Report on sanitation, dispensaries, and jails in Rajputana for 1921, and on vaccination for the year 1921-1922 - 1921-1922
Year: 1921
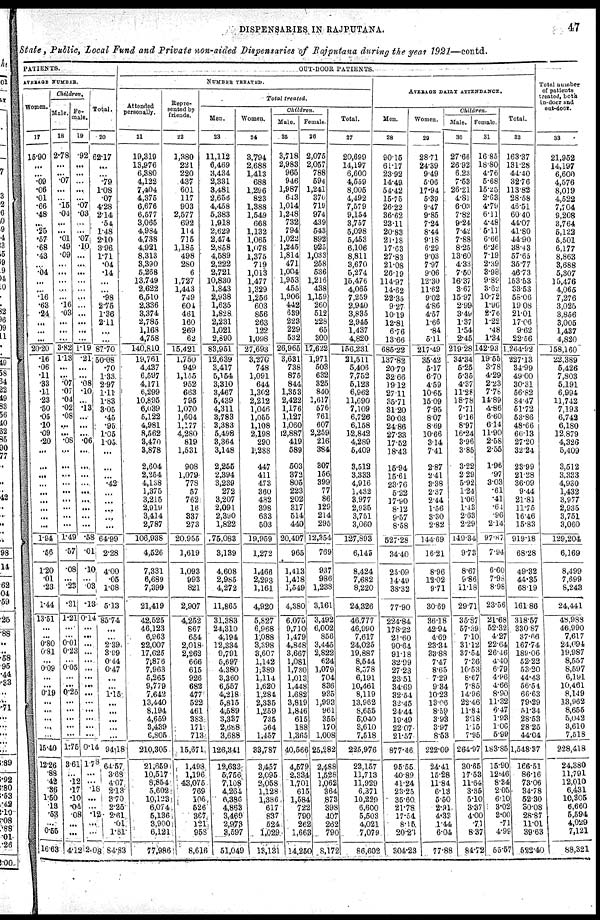
DISPENSARIES IN RAJPUTANA.
47
State, Public, Local Fund and Private non-aided Dispensaries of Rajputana during the year 1921—contd.
PATIENTS.
AVERAGE NUMBER.
Women.
17
15.90
...
.09
.06
... .01
.66
.48
...
.25
.57
.68
.43
...
.04
...
...
.16
.63
.24
...
...
...
20.20
.16
.06
.11
.33
.11
.23
.50
.05
.10
.09
.20
...
...
...
...
...
...
...
...
...
1.94
.56
1.20
.01
.23
1.44
13.51
...
...
0.80
0.81
...
0.09
...
0.19
0.19
...
...
...
...
...
15.40
12.26
.88
.42
.36
1.50
.13
.53
...
0.55
16.63
Children.
Male.
18
2.78
...
.07
...
...
... .15
.04
...
...
.01
.49
.09
...
...
...
...
...
.16
.03
...
...
...
3.82
1.13
...
...
.07
.07
.04 .02
.08
...
...
.08
...
...
...
...
...
...
...
...
...
1.49
.57
.08
...
.23
.31
1.21
...
...
0.01
0.23
...
0.05
...
0.25
...
...
...
...
...
...
1.75
3.61
...
.12
.17
.10
.04
.08
...
...
4.12
Fe¬
male.
19
.92
...
...
...
...
... .07
.03
...
...
.07
.10
...
...
...
...
...
...
...
...
...
...
...
1.19
.21
...
...
.08
.10
...
.13
...
...
...
.06
...
...
...
...
...
...
...
...
...
.58
.01
.10
...
.03
.13
0.14
...
...
...
...
...
...
...
...
...
...
...
...
...
...
0.14
1. 78
...
...
.18
...
...
.12
...
...
2.08
Total.
20
62.17
...
...
.79
1.08
.07
4.28
2.14
.54
1.48
2.10
3.96
1.71
.04
.14
...
...
.98
2.75
1.36
2.11
...
...
87.70
50.08
.70
1.33
2.97
1.11
1.83
3.05
.45
.95
1.05
1.05
...
...
...
.42
...
...
...
...
...
64.99
2.28
4.00
.05
1.08
5.13
85.74
...
...
2.39
3.99
0.44
0.47
...
...
1.15
...
...
...
...
...
94.18
64.57
3.68
4.07
2.13
3.70
2.25
2.61
.01
1.81
84.83
OUT-DOOR PATIENTS.
NUMBER TREATED.
Attended
personally.
21
19,319
13,976
6,380
4,122
7,404
4,375
6,676
6,577
3,065
4,984
4,738
4,921
8,313
3,390
5,268
13,749
2,622
6,510
2,336
3,374
2,785
1,168
4,758
140,810
19,761
4,437
6,597
4,171
6,299
10,895
6,039
5,122
4,981
8,562
3,470
3,878
2,604
2,254
4,138
1,375
3,215
2,919
3,414
2,787
106,938
4,526
7,331
6,689
7,399
21,419
42,525
46,123
6,963
22,007
17,625
7,876
7,963
5,265
9,779
7,642
13,440
8,194
4,659
3,439
6,805
210,305
21,659
10,517
8,854
5,602
10,123
6,074
5,136
3,900
6,121
77,986
Repre-
sented by
friends.
22
1,380
221
220
437
601
117
903
2,577
692
114
715
1,185
498
280
6
1,727
1,443
749
604
461
160
269
62
15,421
1,750
949
1,155
952
663
795
1,070
1,604
1,177
4,280
819
1,531
908
1,079
778
57
762
16
337
273
20,955
1,619
1,093
993
821
2,907
4,252
867
654
2,018
2,262
666
615
926
682
477
522
461
383
171
713
15,671
1,498
1,196
43,075
769
106
526
367
121
958
8,616
Total treated.
Men.
23
11,112
6,469
3,434
2,331
3,481
2,656
4,458
5,383
1,918
2,629
2,474
2,858
4,589
2,222
2,721
10,830
1,843
2,938
1,635
1,828
2,231
1,021
2,890
83,951
12,639
3,417
5,154
3,310
3,467
5,439
4,311
3,783
3,383
5,498
3,364
3,148
2,255
2,394
3,239
272
3,207
2,091
2,390
1,822
75,083
3,139
4,608
2,985
4,272
11,865
31,383
24,310
4,194
12,334
9,791
5,697
4,380
3,360
6,557
4,218
5,815
4,589
3,337
2,688
3,688
126,341
12,633
5,756
7,108
4,264
6,386
4,863
3,469
2,9,73
3,597
51,049
Women.
24
3,794
2,688
1,413
688
1,296
823
1,388
1,549
668
1,132
1,065
1,078
1,375
719
1,013
1,477
1,329
1,256
603
856
263
122
1,098
27,693
3,276
748
1,091
644
1,302
2,212
1,046
1,055
1,108
2,198
290
1,288
447
411
473
360
482
398
633
503
19,959
1,272
1,466
2,293
1,161
4,920
5,827
6,968
1,088
3,398
3,607
1,142
1,389
1,114
1,620
1,284
2,335
1,259
735
564
1,457
33,787
3,457
2,095
2,058
1,128
1,386
617
837
524
1,029
13,131
Children.
Male.
25
3,718
2,983
965
946
1,987
643
1,014
1,248
732,
794
1,022
1,245
1,814
471
1,004
1,953
455
1,906
442
639
223
229
532
26,965
3,631
738
875
844
1,353
2,422
1,176
1,127
1,060
12,887
419
589
503
372
805
223
202
317
514
440
20,497
965
1,413
1,418
1,549
4,380
6,075
9,710
1,479
4,848
3,667
1,081
1,730
1,013
1,448
1,682
3,819
1,846
615
188
1,365
40,566
4,579
2,334
1,701
615
1,584
722
790
262
1,663
14,250
Female.
26
2,075
2,057
788
594
1,241
370
719
974
439
543
892
925
1,033
258
536
1,216
438
1,159
260
512
228
65
300
17,622
1,971
503
632
325
840
2,617
576
761
607
2,259
216
384
307
156
399
77
86
129
214
295
12,354
769
937
986
1,238
3,161
3,492
6,002
856
3,445
2,822
624
1,079
704
836
935
1,993
961
355
170
1,008
25,282
2,488
1,528
1,062
364
873
398
407
262
790
8,172
Total.
27
20,699
14,197
6,600
4,559
8,005
4,492
7,579
9,154
3,757
5,098
5,453
6,106
8,811
3,670
5,274
15,476
4,065
7,259
2,940
3,835
2,945
1,437
4,820
156,231
21,511
5,406
7,752
5,123
6,962
11,690
7,109
6,726
6,158
12,842
4,289
5,409
3,512
3,333
4,916
1,432
3,977
2,935
3,751
3,060
127,893
6,145
8,424
7,682
8,220
24,326
46,777
46,990
7,617
24,025
19,887
8,544
8,578
6,191
10,461
8,119
13,962
8,655
5,040
3,610
7,518
225,975
23,157
11,713
11,929
6,371
10,229
6,600
5,503
4,021
7,079
86,602
AVERAGE DAILY ATTENDANCE.
Men.
28
90.15
61.17
23.92
14.49
54.42
15.75
26.22
36.62
23.11
20.83
21.18
17.63
27.83
21.08
26.19
114.97
14.62
22.35
9.27
10.19
12.81
6.76
13.66
685.22
137.82
20.79
32.66
19.12
27.11
35.71
31.20
30.03
24.86
27.33
17.52
18.43
15.94
15.61
23.76
5.22
17.90
8.12
9.57
8.58
527.28
34.40
25.09
14.49
38.32
77.90
224.84
178.22
21.60
90.64
91.18
32.99
27.23
23.51
34.69
32.54
32.45
24.44
19.49
22.07
21.57
877.46
95.55
40.89
41.24
23.25
35.60
21.78
17.54
8.15
20.23
304.23
Women.
29
28.71
24.39
9.49
5.06
17.94
5.39
9.47
9.85
7.24
8.44
9.18
6.29
9.03
7.97
9.06
12.30
11.62
9.02
4.86
4.57
1.66
.84
5.11
217.49
35.42
5.17
6.70
4.59
10.65
15.09
7.95
8.07
8.69
10.66
3.14
7.41
2.87
2.41
3.38
2.37
2.44
1.56
3.30
2.82
144.69
16.21
8.96
12.02
9.71
30.69
36.18
42.94
4.69
23.34
33.88
7.47
8.65
7.29
9.34
10.23
13.06
8.59
3.93
3.97
853
222.09
24.41
15.28
11.84
6.13
5.50
2.91
4.33
1.44
6.04
77.88
Children.
Male.
30
27.66
26.92
6.23
7.53
26.21
4.81
6.03
7.82
9.24
7.42
7.88
8.25
13.60
4.33
7.50
16.37
3.67
15.97
2.99
3.49
1.37
1.54
2.45
219.28
34.34
5.25
5.35
4.37
11.28
18.78
7.71
9.16
8.97
16.24
3.96
3.85
3.22
2.29
5.92
1.24
1.06
1.43
2.63
2.29
149.34
9.73
8.67
9.86
11.18
29.71
35.87
57.39
7.10
31.12
37.54
7.36
10.53
8.67
7.85
14.96
22.46
11.84
3.18
1.15
7.95
264.97
30.65
17.53
11.64
3.35
5.10
3.37
4.00
.71
8.37
84.72
Female.
31
16.85
18.80
4.76
5.68
15.25
2.63
4.79
6.11
4.48
5.11
6.66
6.26
7.19
2.39
3.98
9.89
3.62
10.72
1.96
2.76
1.22
.48
1.34
142.93
19.55
3.78
4.29
2.23
7.78
14.89
4.86
6.60
6.14
11.90
2.58
2.55
1.96
.97
3.03
.61
.41
.64
.96
2.14
97.87
7.94
6.60
7.98
8.98
23.56
21.68
52.32
4.27
22.64
26.46
4.40
6.79
4.96
4.66
8.90
11.32
6.47
1.93
1.06
5.99
183.85
15.90
12.46
8.34
2.05
6.10
3.02
3.00
.71
4.99
55.57
Total.
32
163.37
131.28
44.40
32.76
113.82
28.58
46.51
60.40
44.07
41.80
44.90
38.43
57.65
35.77
46.73
153.53
33.53
58.06
19.08
21.01
17.06
9.62
22.56
1,264.92
227.13
34.99
49.00
30.31
56.82
84.47
51.72
53.86
48.66
66.13
27.20
32.24
23.99
21.28
36.09
9.44
21.81
11.75
16.46
15.83
919.18
68.28
49.32
44.35
68.19
161.86
318.57
330.87
37.66
167.74
189.06
52.22
53.20
44.43
56.54
66.63
79.29
51.34
28.53
28.25
44.04
1,548.37
166.51
86.16
73.06
34.78
52.30
30.08
28.87
11.01
39.63
522.40
Total number
of patients
treated, both
in-door and
out-door.
33
21,952
14,197
6,600
4,576
8,019
4,522
7,704
9,208
3,764
5,122
5,501
6,177
8,863
3,688
5,307
15,476
4,065
7,276
3,025
3,856
3,005
1,437
4,820
158,160
22,389
5,426
7,803
5,191
6,994
11,742
7,193
6,742
6,180
12 879
4,326
5,409
3,512
3,333
4,930
1,432
3,977
2,935
3,751
3,060
129,204
6,169
8,499
7,699
8,243
24,441
48,988
46,990
7,617
24,094
19,987
8,557
8,597
6,191
10,461
8,149
13,962
8,655
5,042
3,610
7,518
228,418
24,380
11,791
12,010
6,431
10,305
6,660
5,594
4,029
7,121
88,321